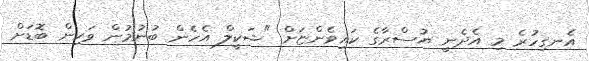
އެނގިހުރެ މި އެދެނީ ޔުސްރާގެ ކައިވެންޏަށް "ޝަކީލް އެހެން ބުނުމުން ވަކިން ބޮޑަށް